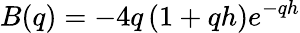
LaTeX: B(q)=-4q\left(1+qh\right)e^{-qh}